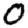
Digit: 0